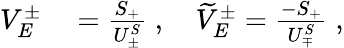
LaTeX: \begin{array}{rl}{V_{E}^{\pm}}&{{}=\frac{S_{+}}{U_{\pm}^{S}}\; ,\quad\widetilde{V}_{E}^{\pm}=\frac{-{S}_{+}}{{U}_{\mp}^{S}}\; ,}\end{array}